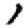
Digit: 1